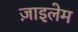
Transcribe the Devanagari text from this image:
ज़ाइलेम